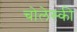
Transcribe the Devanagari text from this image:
चोलेस्की